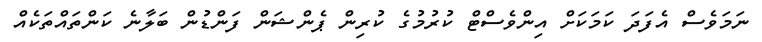
ނަމަވެސް އެފަދަ ކަމަކަށް އިންވެސްޓް ކުރުމުގެ ކުރިން ޕެންޝަން ފަންޑުން ބަލާނެ ކަންތައްތަކެއް